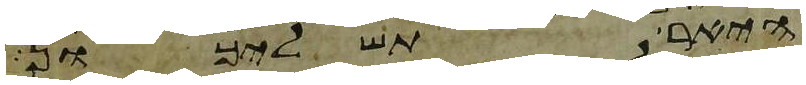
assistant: היאר תשליכון